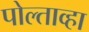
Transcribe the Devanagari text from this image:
पोल्ताव्हा